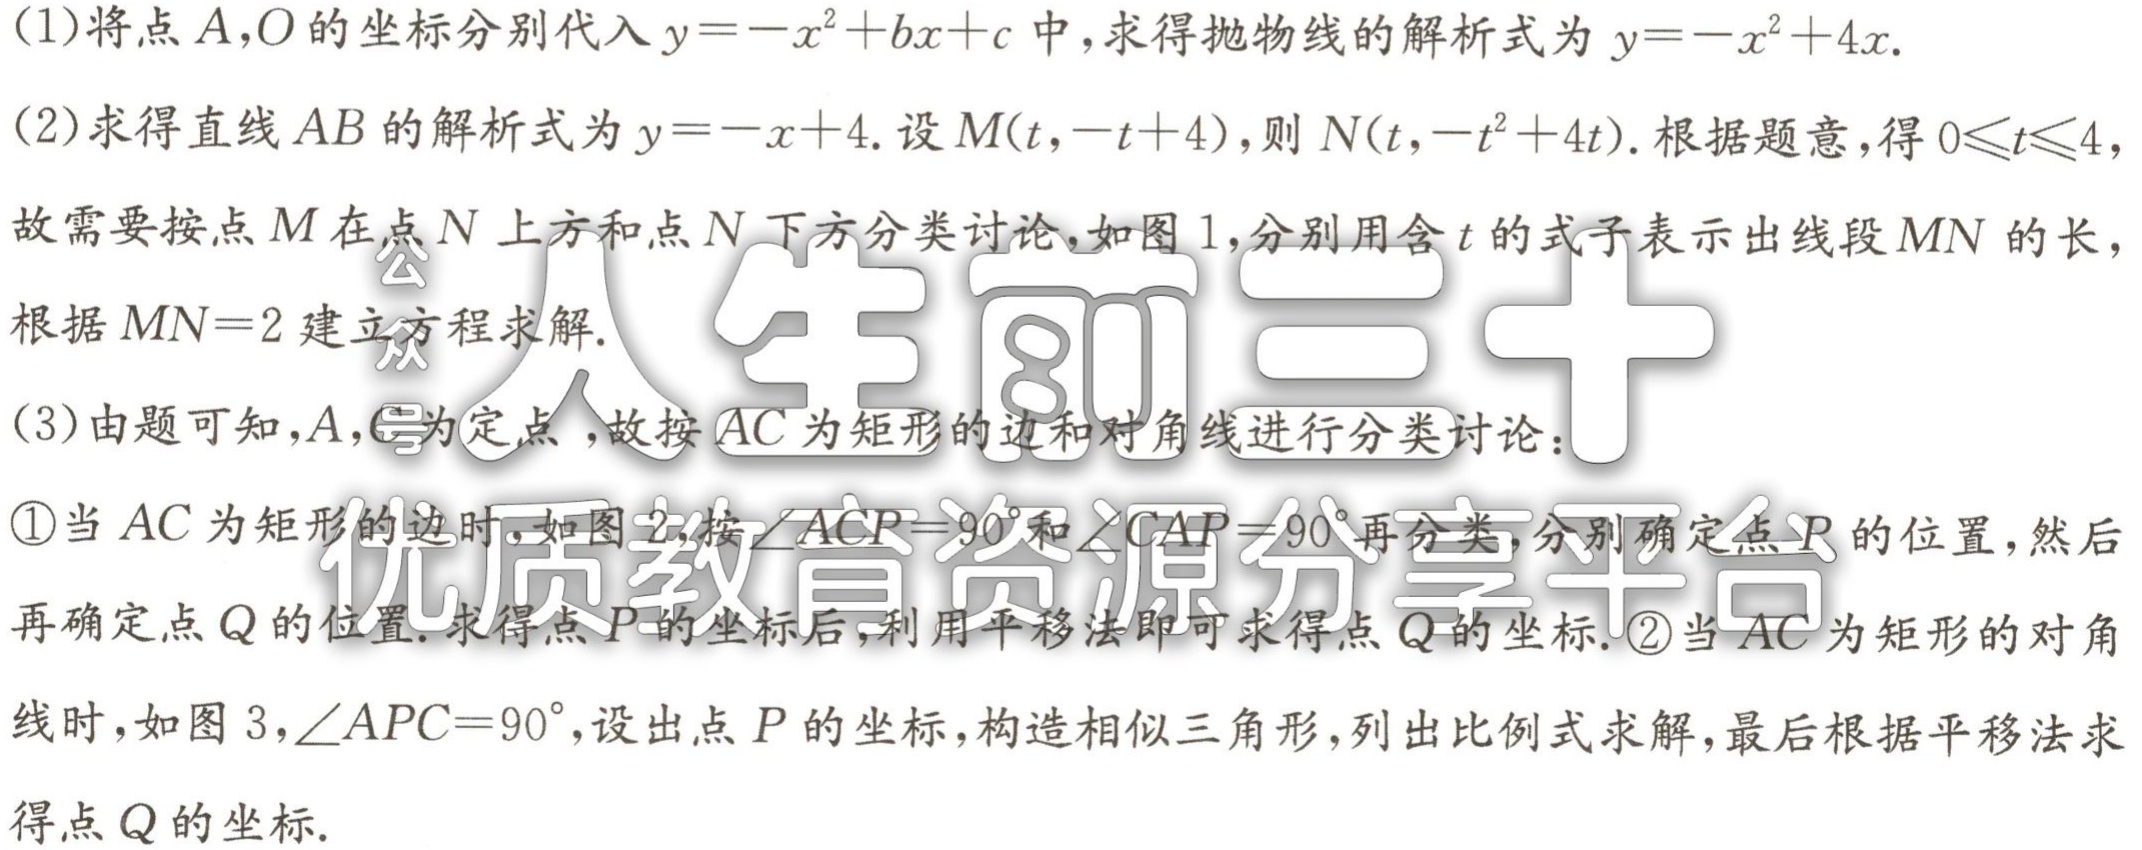
(1)将点\(A,O\)的坐标分别代入\(y = -x^{2}+bx + c\)中，求得抛物线的解析式为\(y=-x^{2}+4x\).
(2)求得直线\(AB\)的解析式为\(y = -x + 4\).设\(M(t,-t + 4)\)，则\(N(t,-t^{2}+4t)\).根据题意，得\(0\leqslant t\leqslant4\)，故需要按点\(M\)在点\(N\)上方和点\(N\)下方分类讨论，如图1，分别用含\(t\)的式子表示出线段\(MN\)的长，根据\(MN = 2\)建立方程求解.
(3)由题可知，\(A,C\)为定点 ，故按\(AC\)为矩形的边和对角线进行分类讨论：
\textcircled{1}当\(AC\)为矩形的边时，如图2，按\(\angle ACP = 90^{\circ}\)和\(\angle CAP = 90^{\circ}\)再分类，分别确定点\(P\)的位置，然后再确定点\(Q\)的位置.求得点\(P\)的坐标后，利用平移法即可求得点\(Q\)的坐标.\textcircled{2}当\(AC\)为矩形的对角线时，如图3，\(\angle APC = 90^{\circ}\)，设出点\(P\)的坐标，构造相似三角形，列出比例式求解，最后根据平移法求得点\(Q\)的坐标.